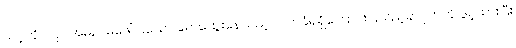
သင့်ကိုယ်ပိုင်အမည်မဖေါ်ပြသော ရောထွေးနေသည့် လက်ခံရရှိကြောင်းပြသည့်ခလုတ်ကို ဖွင့်ထားပြီး